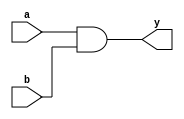
module simple_and_gate (
    input wire a,   // First input
    input wire b,   // Second input
    output wire y   // Output
);

// Continuous assignment using the assign statement
assign y = a & b; // The output y is the AND of inputs a and b

endmodule